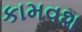
કામવશ